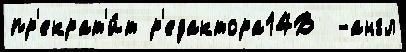
пр'екрат'и́т р'едактора14В  -англ